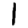
Digit: 1